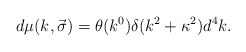
\begin{align*}d \mu(k,\vec{\sigma})= \theta(k^0) \delta(k^2+\kappa^2) d^4 k.\end{align*}